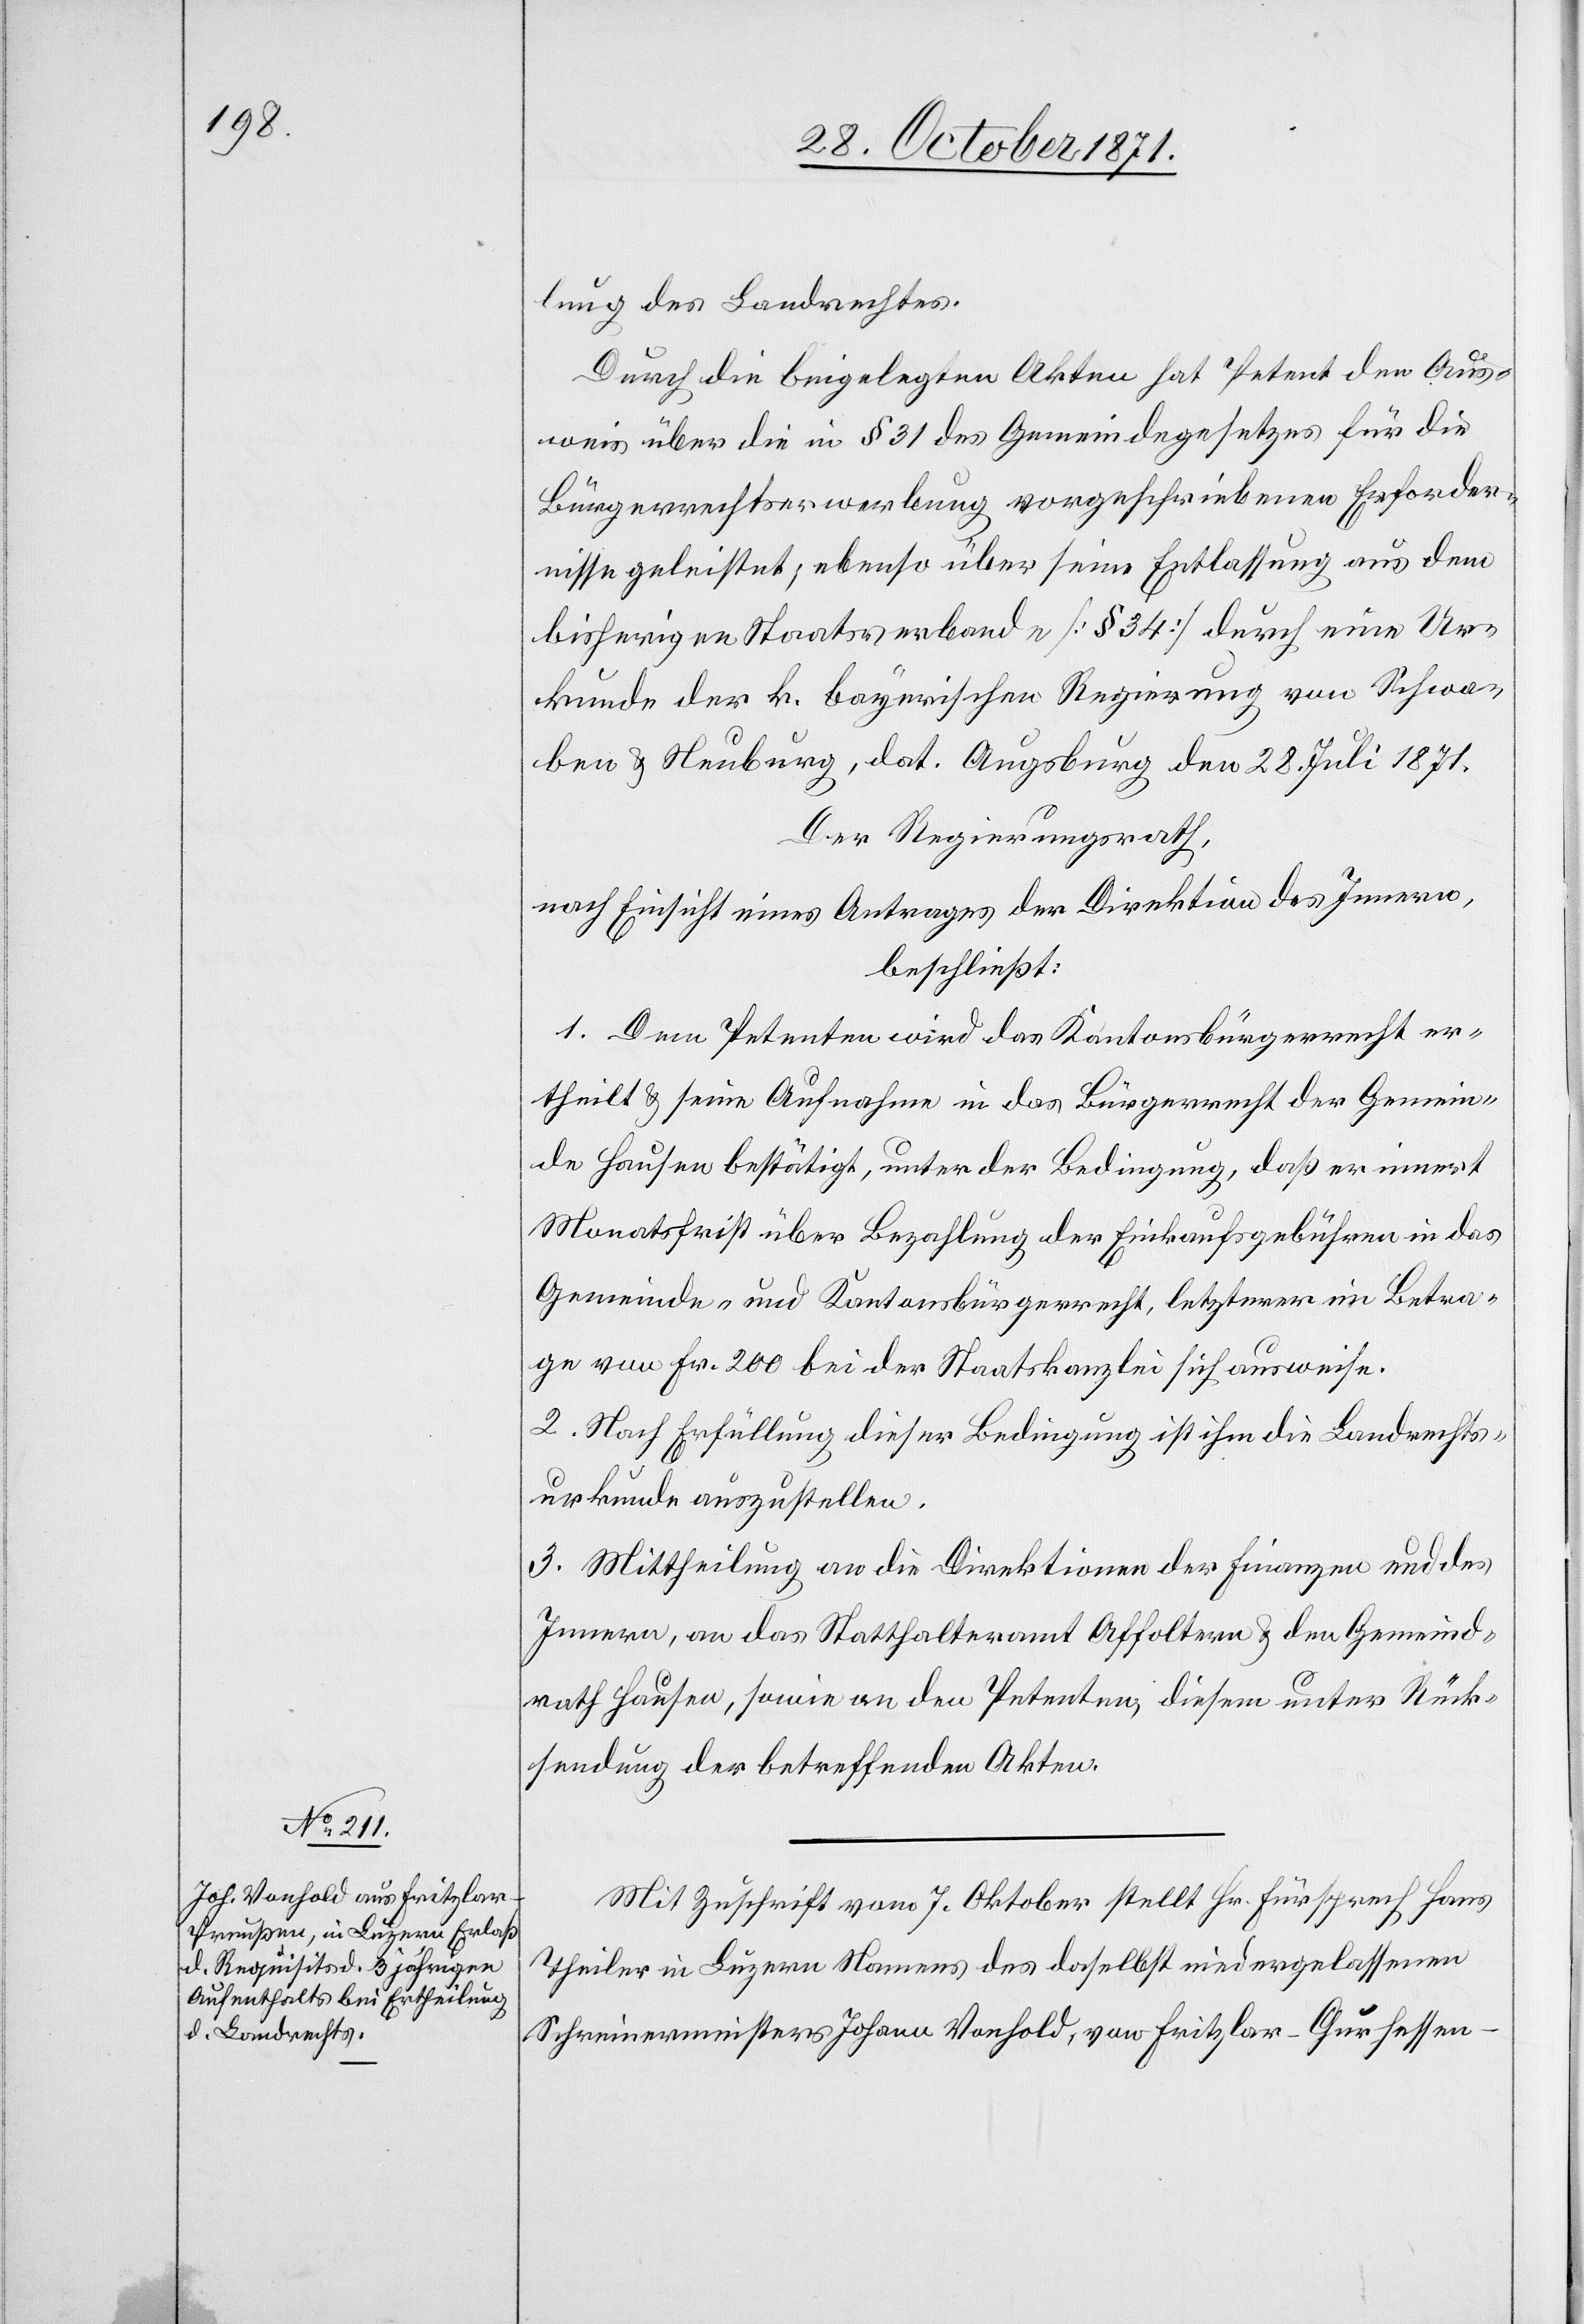
lung des Landrechtes.
Durch die beigelegten Akten hat Petent den Aus¬
weis über die in § 31 des Gemeindegesetzes für die
Bürgerrechtserwerbung vorgeschriebenen Erforder¬
nisse geleistet, ebenso über seine Entlassung aus dem
bisherigen Staatsverbande [§ 34] durch eine Ur¬
kunde der k. bayerischen Regierung von Schwa¬
ben & Neuburg, dat. Augsburg den 28. Juli 1871.
Der Regierungsrath,
nach Einsicht eines Antrages der Direktion des Innern,
beschließt:
1. Dem Petenten wird das Kantonsbürgerrecht er¬
theilt & seine Aufnahme in das Bürgerrecht der Gemein¬
de Hausen bestätigt, unter der Bedingung, daß er innert
Monatsfrist über Bezahlung der Einkaufsgebühren in das
Gemeinde- und Kantonsbürgerrecht, letzterer im Betra¬
ge von Fr. 200 bei der Staatskanzlei sich ausweise.
2. Nach Erfüllung dieser Bedingung ist ihm die Landrechts¬
urkunde auszustellen.
3. Mittheilung an die Direktionen der Finanzen und des
Innern, an das Statthalteramt Affoltern & den Gemeind¬
rath Hausen, sowie an den Petenten, diesem unter Rück¬
sendung der betreffenden Akten.
Mit Zuschrift vom 7. Oktober stellt Hr. Fürsprech Hans
Theiler in Luzern Namens des daselbst niedergelassenen
Schreinermeisters Johann Vonhold, von Fritzlar-Churhessen-